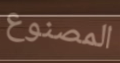
المصنوع